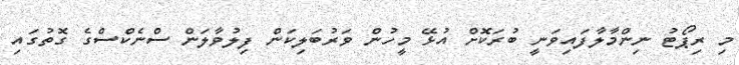
މި ރިޕޯޓު ނިންމާލާފައިވަނީ ބުރަކޮށް އުޅޭ މީހުން ވަރުބަލިކަން ފިލުވާލަން ސްނެކްސްގެ ގޮތުގައި